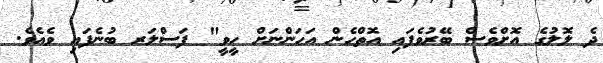
ދެ ލޮލުގެ އޮށްވެސް ބޭރުވެފައި އޮތްހެން އަހަންނަށް ހީވީ" ފަސްލަރ ބުނެފައި ވެއެވެ.